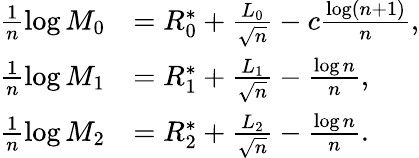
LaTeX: \begin{array}{rl}{\frac{1}{n}\log M_{0}}&{=R_{0}^{*}+\frac{L_{0}}{\sqrt{n}}-c\frac{\log(n+1)}{n},}\\ {\frac{1}{n}\log M_{1}}&{=R_{1}^{*}+\frac{L_{1}}{\sqrt{n}}-\frac{\log n}{n},}\\ {\frac{1}{n}\log M_{2}}&{=R_{2}^{*}+\frac{L_{2}}{\sqrt{n}}-\frac{\log n}{n}.}\end{array}